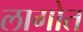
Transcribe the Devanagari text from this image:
लागोत